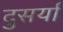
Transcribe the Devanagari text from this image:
दुसर्या